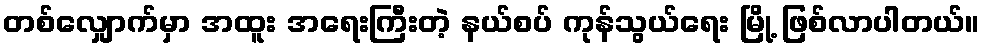
တစ်လျှောက်မှာ အထူး အရေးကြီးတဲ့ နယ်စပ် ကုန်သွယ်ရေး မြို့ ဖြစ်လာပါတယ်။